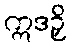
ဣဒဉှိ